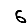
Digit: 6